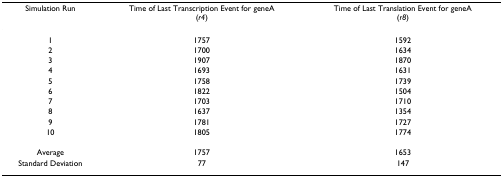
<table><thead><tr><td><b>Simulation Run</b></td><td><b>Time of Last Transcription Event for geneA(<i>r4</i>)</b></td><td><b>Time of Last Translation Event for geneA(<i>r8</i>)</b></td></tr></thead><tbody><tr><td>1</td><td>1757</td><td>1592</td></tr><tr><td>2</td><td>1700</td><td>1634</td></tr><tr><td>3</td><td>1907</td><td>1870</td></tr><tr><td>4</td><td>1693</td><td>1631</td></tr><tr><td>5</td><td>1758</td><td>1739</td></tr><tr><td>6</td><td>1822</td><td>1504</td></tr><tr><td>7</td><td>1703</td><td>1710</td></tr><tr><td>8</td><td>1637</td><td>1354</td></tr><tr><td>9</td><td>1781</td><td>1727</td></tr><tr><td>10</td><td>1805</td><td>1774</td></tr><tr><td>Average</td><td>1757</td><td>1653</td></tr><tr><td>Standard Deviation</td><td>77</td><td>147</td></tr></tbody></table>